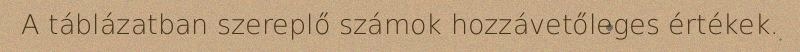
A táblázatban szereplő számok hozzávetőleges értékek.